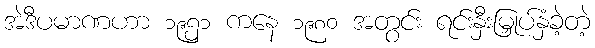
အဲဒီပမာဏဟာ ၁၉၅၁ ကနေ ၁၉၈၀ အတွင်း ရင်းနှီးမြှုပ်နှံခဲ့တဲ့